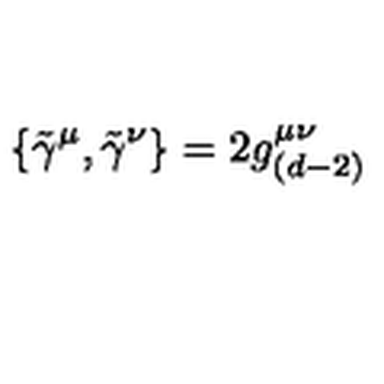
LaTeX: \{ \tilde { \gamma } ^ { \mu } , \tilde { \gamma } ^ { \nu } \} = 2 g _ { ( d - 2 ) } ^ { \mu \nu }